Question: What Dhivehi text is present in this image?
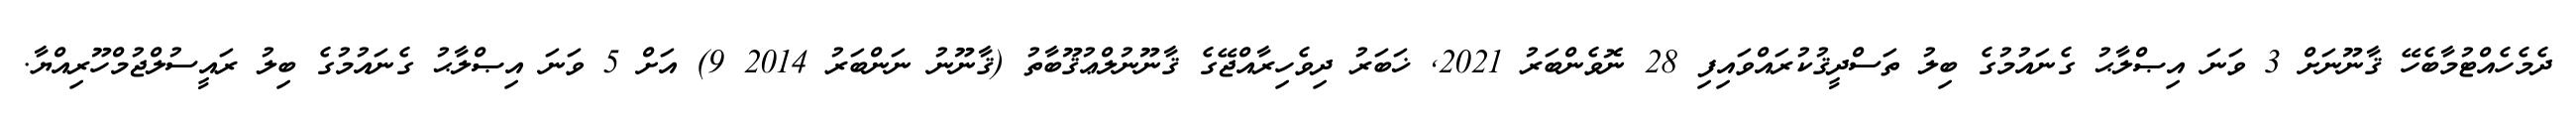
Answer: ދެމެހެއްޓުމާބެހޭ ޤާނޫނަށް 3 ވަނަ އިޞްލާޙު ގެނައުމުގެ ބިލު ތަސްދީޤުކުރައްވައިފި 28 ނޮވެންބަރު 2021, ޚަބަރު ދިވެހިރާއްޖޭގެ ޤާނޫނުލްޢުޤޫބާތު (ޤާނޫނު ނަންބަރު 2014 9) އަށް 5 ވަނަ އިޞްލާޙު ގެނައުމުގެ ބިލު ރައީސުލްޖުމްހޫރިއްޔާ.